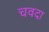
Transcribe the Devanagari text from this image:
चवदा